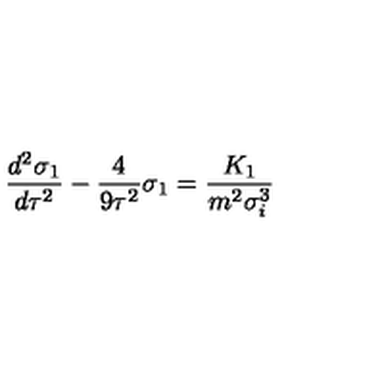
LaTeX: \frac { d ^ { 2 } \sigma _ { 1 } } { d \tau ^ { 2 } } - \frac 4 { 9 \tau ^ { 2 } } \sigma _ { 1 } = \frac { K _ { 1 } } { m ^ { 2 } \sigma _ { i } ^ { 3 } }